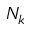
N _ { k }